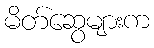
မိတ်ဆွေများက